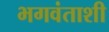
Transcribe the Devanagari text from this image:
भगवंताशी